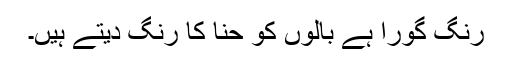
رنگ گورا ہے بالوں کو حنا کا رنگ دیتے ہیں۔